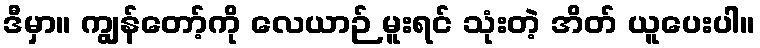
ဒီမှာ။ ကျွန်တော့်ကို လေယာဉ် မူးရင် သုံးတဲ့ အိတ် ယူပေးပါ။